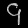
Digit: ၄